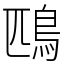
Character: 鴄